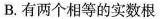
B.有两个相等的实数根